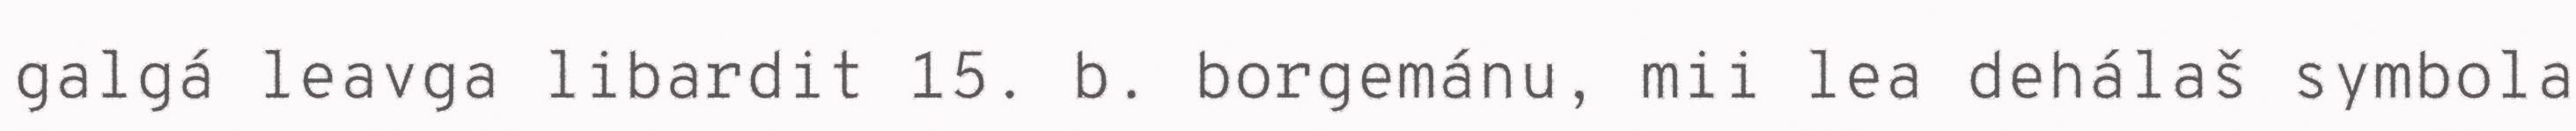
galgá leavga libardit 15. b. borgemánu, mii lea dehálaš symbola